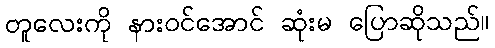
တူလေးကို နားဝင်အောင် ဆုံးမ ပြောဆိုသည်။